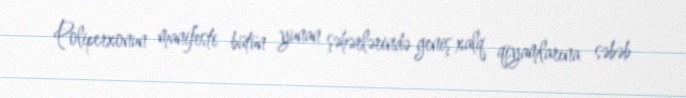
Poliperxonun manifesti bütün yunan şəhərlərində geniş xalq qiyamlarına səbəb